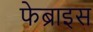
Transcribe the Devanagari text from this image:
फेब्राइस